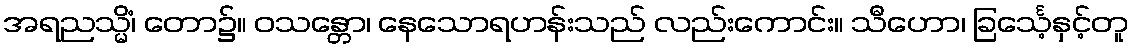
အရညသ္မိံ၊ တော၌။ ဝသန္တော၊ နေသောရဟန်းသည် လည်းကောင်း။ သီဟော၊ ခြင်္သေ့နှင့်တူ